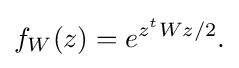
{f_{W}(z)=e^{z^{t}Wz/2}.}